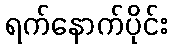
ရက်နောက်ပိုင်း